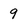
Character: 9